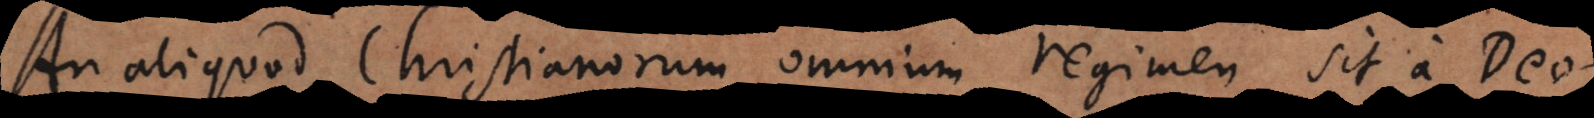
aliquod Christianorum omnium regimen sit a Deo